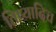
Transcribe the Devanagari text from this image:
तिष्यादिच